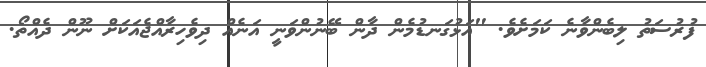
ފުރުސަތު ލިބެންވާނެ ކަމަށެވެ. "އަޅުގަނޑުމެން ދާން ބޭނުންވަނީ އަނެއް ދިވެހިރާއްޖެއަކަށް ނޫން ދެއްތޯ.